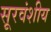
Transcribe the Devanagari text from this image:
सूरवंशीय